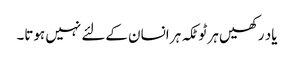
یاد رکھیں ہر ٹوٹکہ ہر انسان کےلئے نہیں ہوتا۔